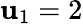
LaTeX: \mathbf{u}_{1}=2